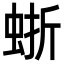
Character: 𧋍